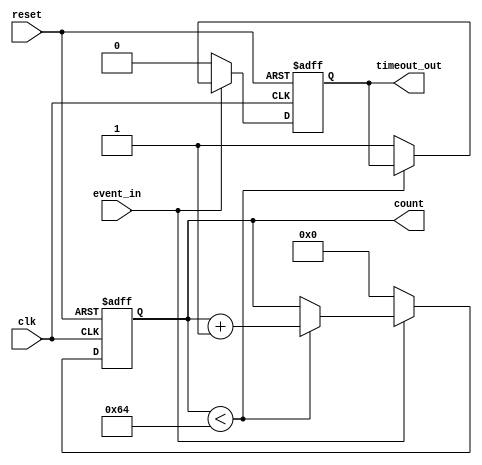
module timeout_counter (
    input wire clk,              // Clock input
    input wire reset,            // Reset input (active high)
    input wire event_in,         // Event signal input
    output reg [7:0] count,      // Counter value output (8-bit for example)
    output reg timeout_out       // Time-out signal output
);

    // Define the time-out threshold
    parameter TIMEOUT_THRESHOLD = 8'd100; // Example threshold value

    // Synchronous process for counter and timeout signal
    always @(posedge clk or posedge reset) begin
        if (reset) begin
            count <= 8'b0;          // Reset counter to zero
            timeout_out <= 1'b0;    // Deassert time-out signal
        end else begin
            if (event_in) begin
                if (count < TIMEOUT_THRESHOLD) begin
                    count <= count + 1; // Increment counter
                end else begin
                    timeout_out <= 1'b1; // Assert time-out signal
                end
            end else begin
                count <= 8'b0;          // Reset counter if event_in is low
                timeout_out <= 1'b0;    // Deassert time-out signal
            end
        end
    end

endmodule